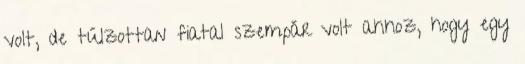
volt, de túlzottan fiatal szempár volt ahhoz, hogy egy